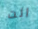
انت